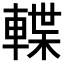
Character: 𨍕